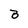
Character: B